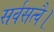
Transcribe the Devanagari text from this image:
सर्वसत्वै।